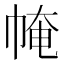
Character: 㡋